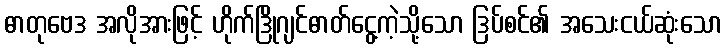
ဓာတုဗေဒ အလိုအားဖြင့် ဟိုက်ဒြိုဂျင်ဓာတ်ငွေ့ကဲ့သို့သော ဒြပ်စင်၏ အသေးငယ်ဆုံးသော